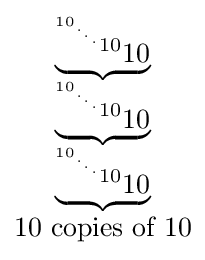
{\begin{matrix}\underbrace {^{^{^{^{^{10}.}.}.}10}10} \\\underbrace {^{^{^{^{^{10}.}.}.}10}10} \\\underbrace {^{^{^{^{^{10}.}.}.}10}10} \\10{\mbox{ copies of }}10\end{matrix}}